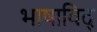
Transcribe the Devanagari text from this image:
भाषाविद्‍